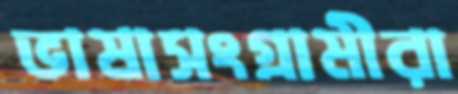
ভাষাসংগ্রামীরা